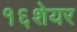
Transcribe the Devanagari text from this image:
१६शेयर